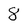
Character: 8